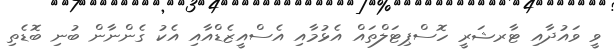
ވީ ވައުދާއި ޓާރޝަރީ ހޮސްޕިޓަލްތައް އެޅުމާއި އެސްއީޒެޑްއާއި އެކު ގެންނާން ބުނި ބޮޑެތި